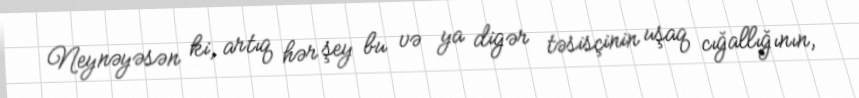
Neynəyəsən ki, artıq hər şey bu və ya digər təsisçinin uşaq cığallığının,